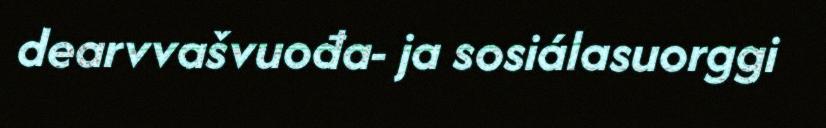
dearvvašvuođa- ja sosiálasuorggi